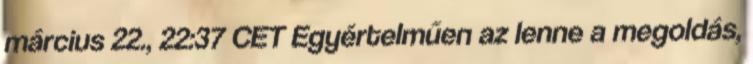
március 22., 22:37 CET Egyértelműen az lenne a megoldás,